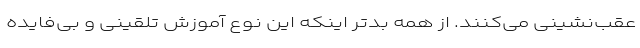
عقب‌نشینی می‌کنند. از همه بدتر اینکه این نوع آموزش تلقینی و بی‌فایده